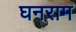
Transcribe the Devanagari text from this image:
घनराम